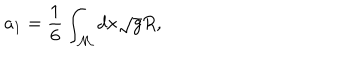
LaTeX: a _ { 1 } = \frac { 1 } { 6 } \int _ { \cal M } d x \sqrt { g } R ,